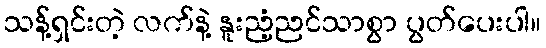
သန့်ရှင်းတဲ့ လက်နဲ့ နူးညံ့ညင်သာစွာ ပွတ်ပေးပါ။